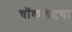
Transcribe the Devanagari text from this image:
चॉकलेटचा